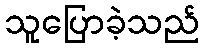
သူပြောခဲ့သည်